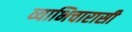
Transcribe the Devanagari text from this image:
व्याभिचारासी